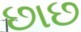
છાછ